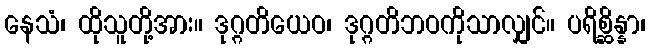
နေသံ၊ ထိုသူတို့အား။ ဒုဂ္ဂတိယေဝ၊ ဒုဂ္ဂတိဘဝကိုသာလျှင်။ ပရိစ္ဆိန္နာ၊